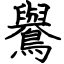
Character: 鸒